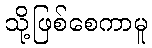
သို့ဖြစ်စေကာမူ